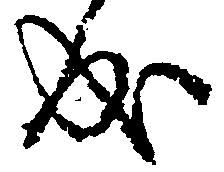
成